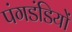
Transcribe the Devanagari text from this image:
पंगडंडियों